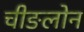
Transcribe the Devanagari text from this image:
चीङलोन